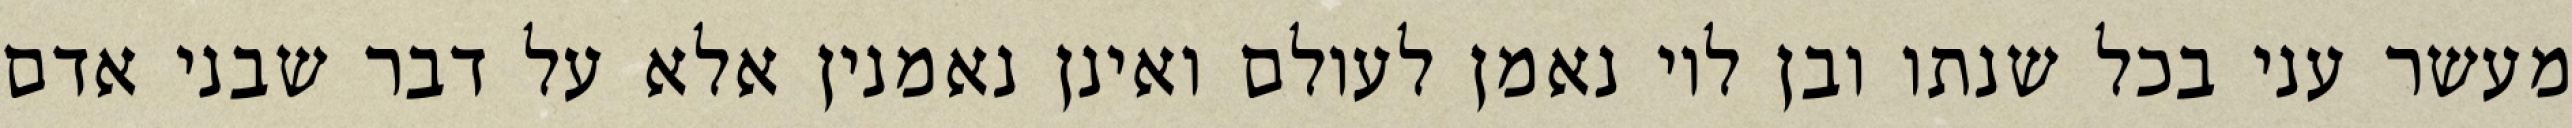
מעשר עני בכל שנתו ובן לוי נאמן לעולם ואינן נאמנין אלא על דבר שבני אדם